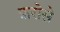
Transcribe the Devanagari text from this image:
फ़रोसे